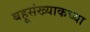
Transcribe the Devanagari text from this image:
बहूसंख्याकच्या